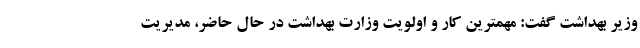
وزیر بهداشت گفت: مهمترین کار و اولویت وزارت بهداشت در حال حاضر، مدیریت